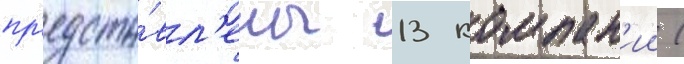
пр'едста́вл'ены 13 компан'ии (